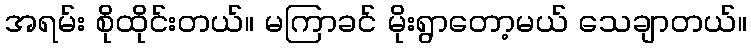
အရမ်း စိုထိုင်းတယ်။ မကြာခင် မိုးရွာတော့မယ် သေချာတယ်။